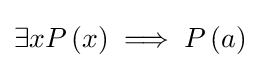
\exists xP\left({x}\right)\implies P\left({a}\right)